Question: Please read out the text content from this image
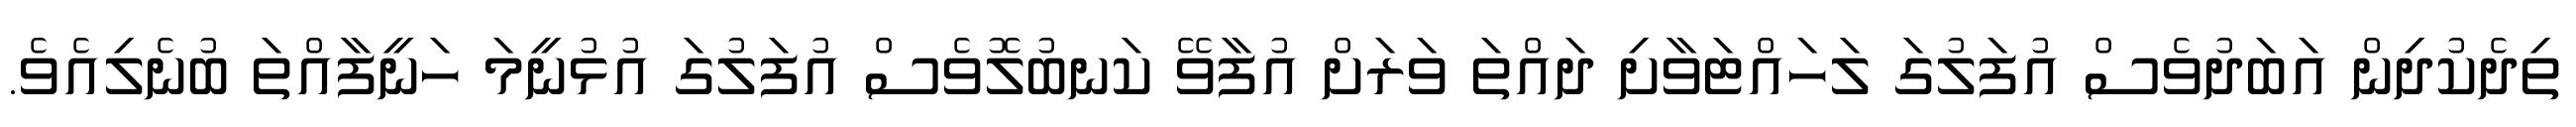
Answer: ތިދެކުދިން އަބަދުވެސް އުފަލުގަ ލަހައްޓަވާށި ދައްތަ ވަރަށް އުފާވޭ ކަނބުލޮވެސް އުފަލުގަ އުޅުނީމަ ހަނީފާއްތަ ބުނެލިއެވެ.